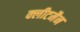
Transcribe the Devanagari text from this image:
क्लीटमैन